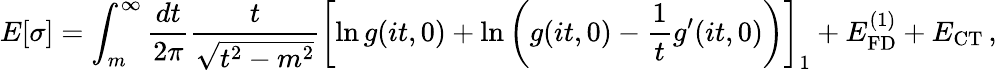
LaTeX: E[\sigma]=\int_{m}^{\infty}\frac{dt}{2\pi}\frac{t}{\sqrt{t^{2}-m^{2}}}\left[\ln g(it,0)+\ln\left(g(it,0)-\frac{1}{t}g^{\prime}(it,0)\right)\right]_{1}+E_{\mathrm{FD}}^{(1)}+E_{\mathrm{CT}}\, ,